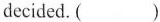
decided. ( )